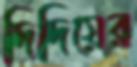
দিদিয়ের